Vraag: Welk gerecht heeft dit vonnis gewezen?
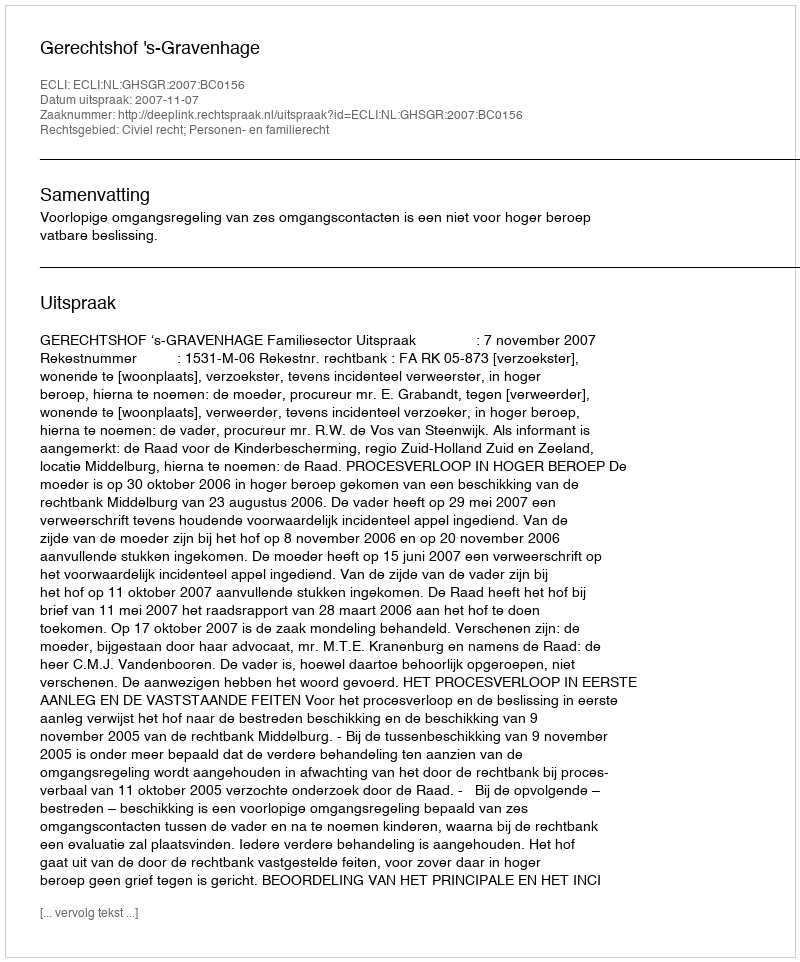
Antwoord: Gerechtshof 's-Gravenhage